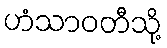
ဟံသာဝတီသို့